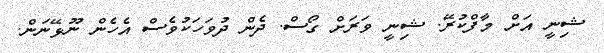
ޝިނީ އަށް މާފްކުރޭ. ޝިނީ ވަރަށް ގޯސް. ދެން ދުވަހަކުވެސް އެހެން ނޫޅޭނަން.